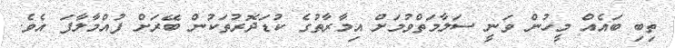
ތިބި ބައެއް މީހުން ވަނީ ސަލާމަތްވުމަށް އިމާރާތުގެ ކުޑަދޮރުތަކުން ބޭރަށް ފުއްމާލާފަ އެވެ.